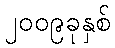
၂၀၀၉ခုနှစ်